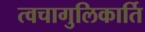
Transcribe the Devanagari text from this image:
त्वचागुलिकार्ति